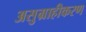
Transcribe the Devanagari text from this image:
असुग्राहीकरण